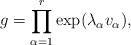
LaTeX: \begin{align*} g = \prod_{\alpha = 1}^{r} \exp( \lambda_\alpha v_\alpha ) , \end{align*}